Annual report of the Punjab Veterinary College and of the Civil Veterinary Department, Punjab - 1926-1932
Year: 1926
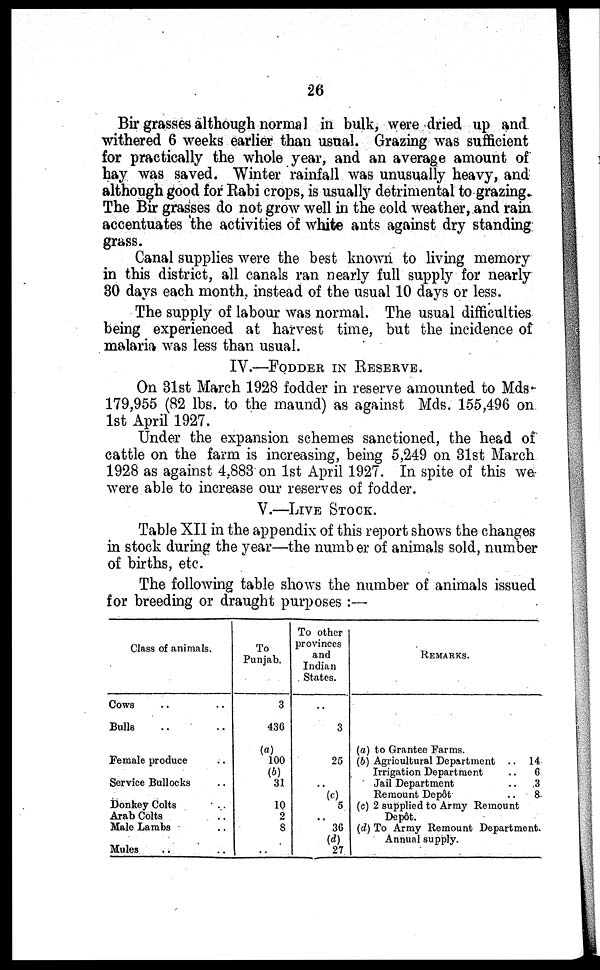
26
Bir grasses although normal in bulk, were dried up and
withered 6 weeks earlier than usual. Grazing was sufficient
for practically the whole year, and an average amount of
hay was saved. Winter rainfall was unusually heavy, and
although good for Rabi crops, is usually detrimental to grazing.
The Bir grasses do not grow well in the cold weather, and rain
accentuates the activities of white ants against dry standing
grass.
Canal supplies were the best known to living memory
in this district, all canals ran nearly full supply for nearly
30 days each month, instead of the usual 10 days or less.
The supply of labour was normal. The usual difficulties
being experienced at harvest time, but the incidence of
malaria was less than usual.
IV.—FODDER IN RESERVE.
On 31st March 1928 fodder in reserve amounted to Mds-
179,955 (82 lbs. to the maund) as against Mds. 155,496 on
1st April 1927.
Under the expansion schemes sanctioned, the head of
cattle on the farm is increasing, being 5,249 on 31st March
1928 as against 4,883 on 1st April 1927. In spite of this we
were able to increase our reserves of fodder.
V.—LIVE STOCK.
Table XII in the appendix of this report shows the changes
in stock during the year—the number of animals sold, number
of births, etc.
The following table shows the number of animals issued
for breeding or draught purposes :—
Class of animals.
Cows .. ..
Bulls .. ..
Female produce ..
Service Bullocks ..
Donkey Colts ..
Arab Colts ..
Male Lambs ..
Mules .. ..
To
Punjab.
3
436
(a)
100
(b)
31
10
2
8
..
To other
provinces
and
Indian
States.
3
25
.. (c)
5
..
36
(d)
27
REMARKS.
(a) to Grantee Farms.
(b) Agricultural Department ..
Irrigation Department
..
Jail Department
..
Remount Depot
..
(c) 2 supplied to Army Remount
Depot.
14
6
3
8
(d) To Army Remount Department.
Annual supply.